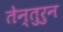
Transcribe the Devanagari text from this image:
तेन्तुरुन